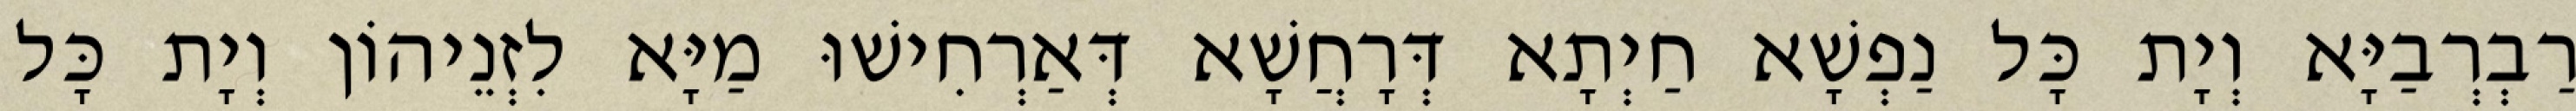
רַבְרְבַיָּא וְיָת כָּל נַפְשָׁא חַיְתָא דְּרָחֲשָׁא דְּאַרְחִישׁוּ מַיָּא לִזְנֵיהוֹן וְיָת כָּל